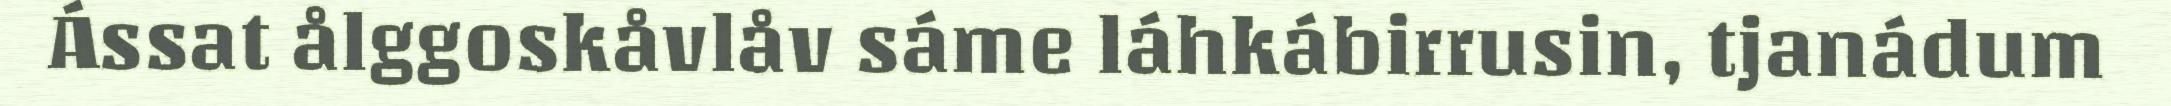
Ássat ålggoskåvlåv sáme láhkábirrusin, tjanádum